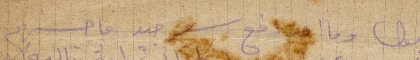
البول وما حدا دفع سعر جيد فاحسنهم